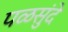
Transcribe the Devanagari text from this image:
पळसुंदे